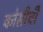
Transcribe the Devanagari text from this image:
कोसीची